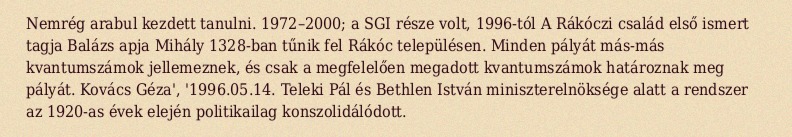
Nemrég arabul kezdett tanulni. 1972–2000; a SGI része volt, 1996-tól A Rákóczi család első ismert tagja Balázs apja Mihály 1328-ban tűnik fel Rákóc településen. Minden pályát más-más kvantumszámok jellemeznek, és csak a megfelelően megadott kvantumszámok határoznak meg pályát. Kovács Géza', '1996.05.14. Teleki Pál és Bethlen István miniszterelnöksége alatt a rendszer az 1920-as évek elején politikailag konszolidálódott.